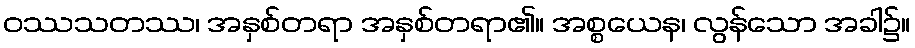
ဝဿသတဿ၊ အနှစ်တရာ အနှစ်တရာ၏။ အစ္စယေန၊ လွန်သော အခါ၌။